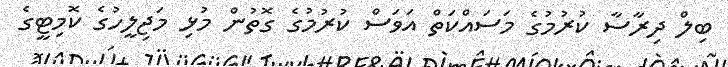
ބިލް ދިރާސާ ކުރުމުގެ މަސައްކަތް އަވަސް ކުރުމުގެ ގޮތުން މުޅި މަޖިލީހުގެ ކޮމިޓީގެ